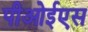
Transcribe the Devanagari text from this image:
पीओईएस